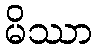
မိဿာ